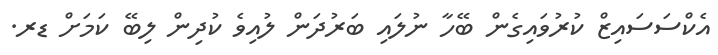
އެކްސަސައިޒް ކުރުވައިގެން ބޭހާ ނުލައި ބަރުދަން ލުއިވެ ކުދިން ލިބޭ ކަމަށް ޑރ.